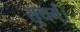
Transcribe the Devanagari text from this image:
सूयर्म्।